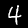
Digit: 4